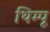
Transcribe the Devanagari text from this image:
थिम्पू